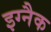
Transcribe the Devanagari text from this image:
इग्नैक